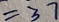
= 3 7